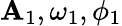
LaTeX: \mathbf{A}_{1},\omega_{1},\phi_{1}